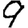
Digit: 9